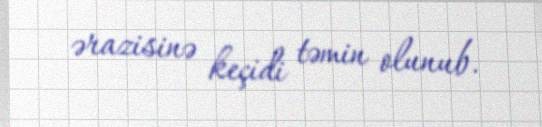
ərazisinə keçidi təmin olunub.